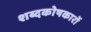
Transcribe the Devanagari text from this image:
शब्दकोषकारों